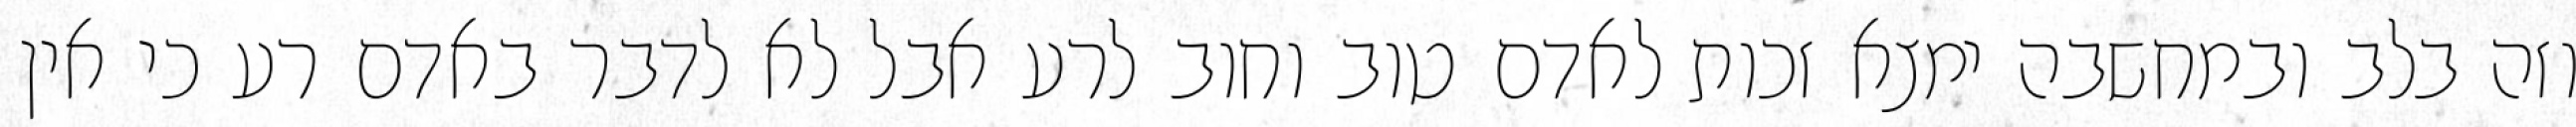
וזה בלב ובמחשבה ימצא זכות לאדם טוב וחוב לרע אבל לא לדבר באדם רע כי אין